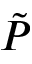
\tilde { P }